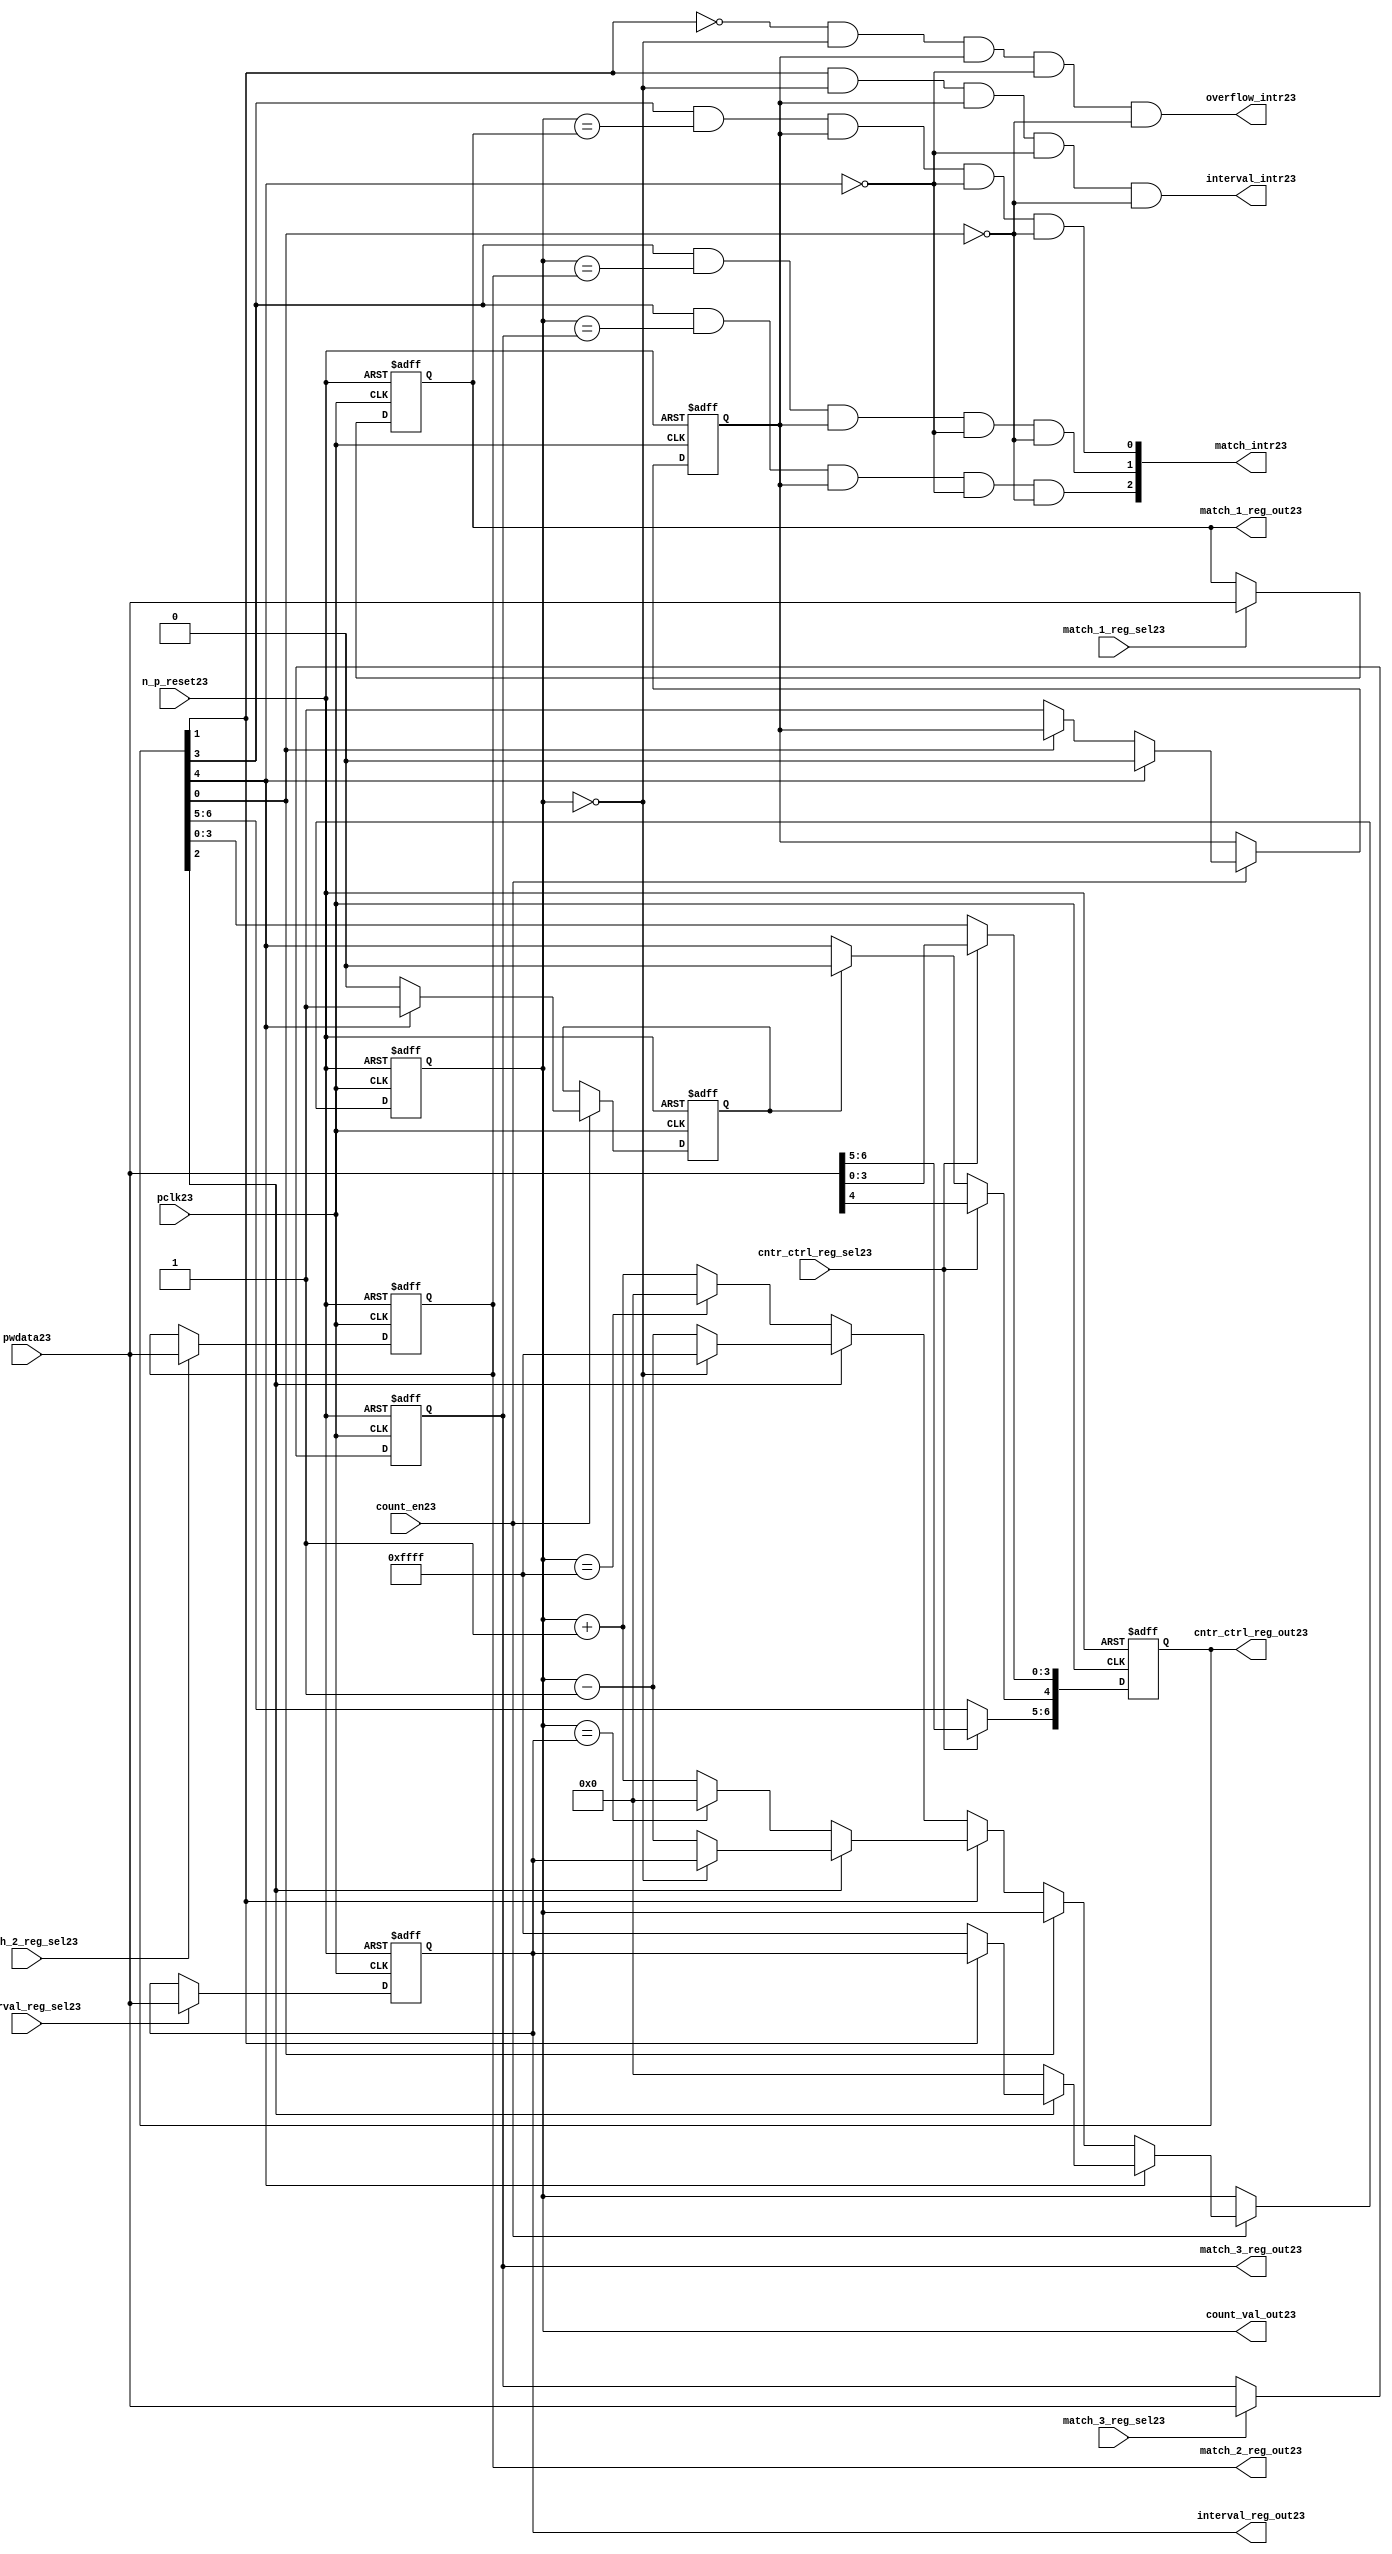
//File23 name   : ttc_counter_lite23.v
//Title23       : 
//Created23     : 1999
//Description23 :The counter can increment and decrement.
//   In increment mode instead of counting23 to its full 16 bit
//   value the counter counts23 up to or down from a programmed23 interval23 value.
//   Interrupts23 are issued23 when the counter overflows23 or reaches23 it's interval23
//   value. In match mode if the count value equals23 that stored23 in one of three23
//   match registers an interrupt23 is issued23.
//Notes23       : 
//----------------------------------------------------------------------
//   Copyright23 1999-2010 Cadence23 Design23 Systems23, Inc23.
//   All Rights23 Reserved23 Worldwide23
//
//   Licensed23 under the Apache23 License23, Version23 2.0 (the
//   "License23"); you may not use this file except23 in
//   compliance23 with the License23.  You may obtain23 a copy of
//   the License23 at
//
//       http23://www23.apache23.org23/licenses23/LICENSE23-2.0
//
//   Unless23 required23 by applicable23 law23 or agreed23 to in
//   writing, software23 distributed23 under the License23 is
//   distributed23 on an "AS23 IS23" BASIS23, WITHOUT23 WARRANTIES23 OR23
//   CONDITIONS23 OF23 ANY23 KIND23, either23 express23 or implied23.  See
//   the License23 for the specific23 language23 governing23
//   permissions23 and limitations23 under the License23.
//----------------------------------------------------------------------
//


module ttc_counter_lite23(

  //inputs23
  n_p_reset23,    
  pclk23,          
  pwdata23,              
  count_en23,
  cntr_ctrl_reg_sel23, 
  interval_reg_sel23,
  match_1_reg_sel23,
  match_2_reg_sel23,
  match_3_reg_sel23,         

  //outputs23    
  count_val_out23,
  cntr_ctrl_reg_out23,
  interval_reg_out23,
  match_1_reg_out23,
  match_2_reg_out23,
  match_3_reg_out23,
  interval_intr23,
  match_intr23,
  overflow_intr23

);


//--------------------------------------------------------------------
// PORT DECLARATIONS23
//--------------------------------------------------------------------

   //inputs23
   input          n_p_reset23;         //reset signal23
   input          pclk23;              //System23 Clock23
   input [15:0]   pwdata23;            //6 Bit23 data signal23
   input          count_en23;          //Count23 enable signal23
   input          cntr_ctrl_reg_sel23; //Select23 bit for ctrl_reg23
   input          interval_reg_sel23;  //Interval23 Select23 Register
   input          match_1_reg_sel23;   //Match23 1 Select23 register
   input          match_2_reg_sel23;   //Match23 2 Select23 register
   input          match_3_reg_sel23;   //Match23 3 Select23 register

   //outputs23
   output [15:0]  count_val_out23;        //Value for counter reg
   output [6:0]   cntr_ctrl_reg_out23;    //Counter23 control23 reg select23
   output [15:0]  interval_reg_out23;     //Interval23 reg
   output [15:0]  match_1_reg_out23;      //Match23 1 register
   output [15:0]  match_2_reg_out23;      //Match23 2 register
   output [15:0]  match_3_reg_out23;      //Match23 3 register
   output         interval_intr23;        //Interval23 interrupt23
   output [3:1]   match_intr23;           //Match23 interrupt23
   output         overflow_intr23;        //Overflow23 interrupt23

//--------------------------------------------------------------------
// Internal Signals23 & Registers23
//--------------------------------------------------------------------

   reg [6:0]      cntr_ctrl_reg23;     // 5-bit Counter23 Control23 Register
   reg [15:0]     interval_reg23;      //16-bit Interval23 Register 
   reg [15:0]     match_1_reg23;       //16-bit Match_123 Register
   reg [15:0]     match_2_reg23;       //16-bit Match_223 Register
   reg [15:0]     match_3_reg23;       //16-bit Match_323 Register
   reg [15:0]     count_val23;         //16-bit counter value register
                                                                      
   
   reg            counting23;          //counter has starting counting23
   reg            restart_temp23;   //ensures23 soft23 reset lasts23 1 cycle    
   
   wire [6:0]     cntr_ctrl_reg_out23; //7-bit Counter23 Control23 Register
   wire [15:0]    interval_reg_out23;  //16-bit Interval23 Register 
   wire [15:0]    match_1_reg_out23;   //16-bit Match_123 Register
   wire [15:0]    match_2_reg_out23;   //16-bit Match_223 Register
   wire [15:0]    match_3_reg_out23;   //16-bit Match_323 Register
   wire [15:0]    count_val_out23;     //16-bit counter value register

//-------------------------------------------------------------------
// Assign23 output wires23
//-------------------------------------------------------------------

   assign cntr_ctrl_reg_out23 = cntr_ctrl_reg23;    // 7-bit Counter23 Control23
   assign interval_reg_out23  = interval_reg23;     // 16-bit Interval23
   assign match_1_reg_out23   = match_1_reg23;      // 16-bit Match_123
   assign match_2_reg_out23   = match_2_reg23;      // 16-bit Match_223 
   assign match_3_reg_out23   = match_3_reg23;      // 16-bit Match_323 
   assign count_val_out23     = count_val23;        // 16-bit counter value
   
//--------------------------------------------------------------------
// Assigning23 interrupts23
//--------------------------------------------------------------------

   assign interval_intr23 =  cntr_ctrl_reg23[1] & (count_val23 == 16'h0000)
      & (counting23) & ~cntr_ctrl_reg23[4] & ~cntr_ctrl_reg23[0];
   assign overflow_intr23 = ~cntr_ctrl_reg23[1] & (count_val23 == 16'h0000)
      & (counting23) & ~cntr_ctrl_reg23[4] & ~cntr_ctrl_reg23[0];
   assign match_intr23[1]  =  cntr_ctrl_reg23[3] & (count_val23 == match_1_reg23)
      & (counting23) & ~cntr_ctrl_reg23[4] & ~cntr_ctrl_reg23[0];
   assign match_intr23[2]  =  cntr_ctrl_reg23[3] & (count_val23 == match_2_reg23)
      & (counting23) & ~cntr_ctrl_reg23[4] & ~cntr_ctrl_reg23[0];
   assign match_intr23[3]  =  cntr_ctrl_reg23[3] & (count_val23 == match_3_reg23)
      & (counting23) & ~cntr_ctrl_reg23[4] & ~cntr_ctrl_reg23[0];


//    p_reg_ctrl23: Process23 to write to the counter control23 registers
//    cntr_ctrl_reg23 decode:  0 - Counter23 Enable23 Active23 Low23
//                           1 - Interval23 Mode23 =1, Overflow23 =0
//                           2 - Decrement23 Mode23
//                           3 - Match23 Mode23
//                           4 - Restart23
//                           5 - Waveform23 enable active low23
//                           6 - Waveform23 polarity23
   
   always @ (posedge pclk23 or negedge n_p_reset23)
   begin: p_reg_ctrl23  // Register writes
      
      if (!n_p_reset23)                                   
      begin                                     
         cntr_ctrl_reg23 <= 7'b0000001;
         interval_reg23  <= 16'h0000;
         match_1_reg23   <= 16'h0000;
         match_2_reg23   <= 16'h0000;
         match_3_reg23   <= 16'h0000;  
      end    
      else 
      begin
         if (cntr_ctrl_reg_sel23)
            cntr_ctrl_reg23 <= pwdata23[6:0];
         else if (restart_temp23)
            cntr_ctrl_reg23[4]  <= 1'b0;    
         else 
            cntr_ctrl_reg23 <= cntr_ctrl_reg23;             

         interval_reg23  <= (interval_reg_sel23) ? pwdata23 : interval_reg23;
         match_1_reg23   <= (match_1_reg_sel23)  ? pwdata23 : match_1_reg23;
         match_2_reg23   <= (match_2_reg_sel23)  ? pwdata23 : match_2_reg23;
         match_3_reg23   <= (match_3_reg_sel23)  ? pwdata23 : match_3_reg23;   
      end
      
   end  //p_reg_ctrl23

   
//    p_cntr23: Process23 to increment or decrement the counter on receiving23 a 
//            count_en23 signal23 from the pre_scaler23. Count23 can be restarted23
//            or disabled and can overflow23 at a specified interval23 value.
   
   
   always @ (posedge pclk23 or negedge n_p_reset23)
   begin: p_cntr23   // Counter23 block

      if (!n_p_reset23)     //System23 Reset23
      begin                     
         count_val23 <= 16'h0000;
         counting23  <= 1'b0;
         restart_temp23 <= 1'b0;
      end
      else if (count_en23)
      begin
         
         if (cntr_ctrl_reg23[4])     //Restart23
         begin     
            if (~cntr_ctrl_reg23[2])  
               count_val23         <= 16'h0000;
            else
            begin
              if (cntr_ctrl_reg23[1])
                 count_val23         <= interval_reg23;     
              else
                 count_val23         <= 16'hFFFF;     
            end
            counting23       <= 1'b0;
            restart_temp23   <= 1'b1;

         end
         else 
         begin
            if (!cntr_ctrl_reg23[0])          //Low23 Active23 Counter23 Enable23
            begin

               if (cntr_ctrl_reg23[1])  //Interval23               
                  if (cntr_ctrl_reg23[2])  //Decrement23        
                  begin
                     if (count_val23 == 16'h0000)
                        count_val23 <= interval_reg23;  //Assumed23 Static23
                     else
                        count_val23 <= count_val23 - 16'h0001;
                  end
                  else                   //Increment23
                  begin
                     if (count_val23 == interval_reg23)
                        count_val23 <= 16'h0000;
                     else           
                        count_val23 <= count_val23 + 16'h0001;
                  end
               else    
               begin  //Overflow23
                  if (cntr_ctrl_reg23[2])   //Decrement23
                  begin
                     if (count_val23 == 16'h0000)
                        count_val23 <= 16'hFFFF;
                     else           
                        count_val23 <= count_val23 - 16'h0001;
                  end
                  else                    //Increment23
                  begin
                     if (count_val23 == 16'hFFFF)
                        count_val23 <= 16'h0000;
                     else           
                        count_val23 <= count_val23 + 16'h0001;
                  end 
               end
               counting23  <= 1'b1;
            end     
            else
               count_val23 <= count_val23;   //Disabled23
   
            restart_temp23 <= 1'b0;
      
         end
     
      end // if (count_en23)

      else
      begin
         count_val23    <= count_val23;
         counting23     <= counting23;
         restart_temp23 <= restart_temp23;               
      end
     
   end  //p_cntr23

endmodule